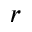
r